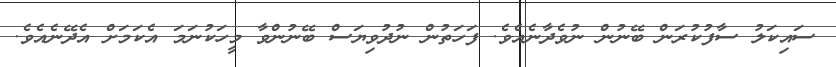
ސައިކަލު ސާފުކުރަން ބޭނުން ނުވެދާނެއެވެ. ފަހަތުން ނުދުވިޔަސް ބޭނުންވާ މީހަކުނަމަ އެކަމަށް އެދޭނެއެވެ.